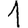
Digit: 1